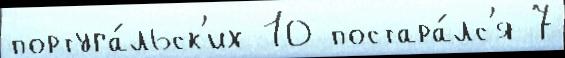
португа́льск'их 10 постара́лс'я 7